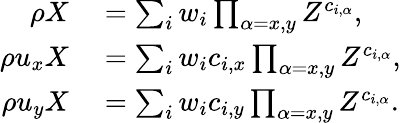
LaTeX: \begin{array}{rl}{\rho X}&{{}=\sum_{i}w_{i}\prod_{\alpha=x,y}Z^{c_{i,\alpha}},}\\ {\rho u_{x}X}&{{}=\sum_{i}w_{i}c_{i,x}\prod_{\alpha=x,y}Z^{c_{i,\alpha}},}\\ {\rho u_{y}X}&{{}=\sum_{i}w_{i}c_{i,y}\prod_{\alpha=x,y}Z^{c_{i,\alpha}}.}\end{array}